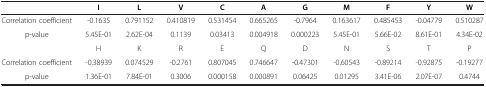
|  | I | L | V | C | A | G | M | F | Y | W |
 | --- | --- | --- | --- | --- | --- | --- | --- | --- | --- | --- |
 | Correlation coefficient | -0.1635 | 0.791152 | 0.410819 | 0.531454 | 0.665265 | -0.7964 | 0.163617 | 0.485453 | -0.04779 | 0.510287 |
 | p-value | 5.45E-01 | 2.62E-04 | 0.1139 | 0.03413 | 0.004918 | 0.000223 | 5.45E-01 | 5.66E-02 | 8.61E-01 | 4.34E-02 |
 |  | H | K | R | E | Q | D | N | S | T | P |
 | Correlation coefficient | -0.38939 | 0.074529 | -0.2761 | 0.807045 | 0.746647 | -0.47301 | -0.60543 | -0.89214 | -0.92875 | -0.19277 |
 | p-value | 1.36E-01 | 7.84E-01 | 0.3006 | 0.000158 | 0.000891 | 0.06425 | 0.01295 | 3.41E-06 | 2.07E-07 | 0.4744 |